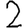
Digit: 2